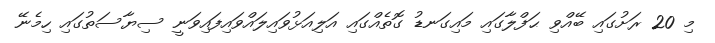
މި 20 ރަށުގައި ބޭއްވި ޙަފްލާގައި މައިގަނޑު ގޮތެއްގައި އަލިއަޅުވައިލައްވައިފައިވަނީ ސިޔާސަތުގައި ހިމެނޭ